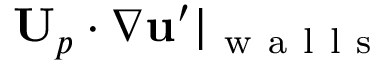
\mathbf { U } _ { p } \cdot \nabla \mathbf { u } ^ { \prime } | _ { \mathrm { ~ w ~ a ~ l ~ l ~ s ~ } }